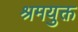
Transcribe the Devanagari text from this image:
श्रमयुक्त